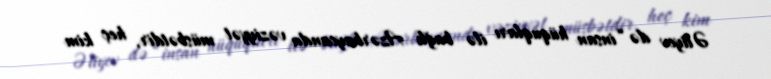
Əliyev də “insan hüquqları ilə bağlı Azərbaycanda vəziyyət müsbətdir, heç kim